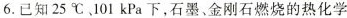
6.已知25℃、101 kPa下，石墨、金刚石燃烧的热化学